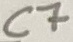
Text: C7